Vaccination in Bombay 1889-1901 - 1889-1901
Year: 1889
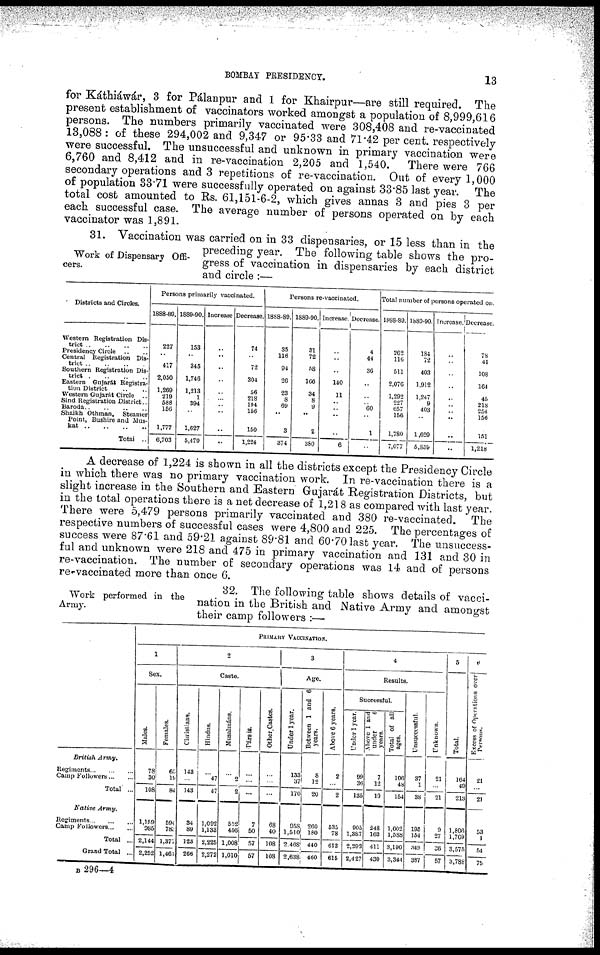
BOMBAY PRESIDENCY.
13
for Káthiáwár, 3 for Pálanpur and 1 for Khairpur—are still required. The
present establishment of vaccinators worked amongst a population of 8,999,616
persons. The numbers primarily vaccinated were 308,408 and re-vaccinated
13,088: of these 294,002 and 9,347 or 95.33 and 71.42 per cent. respectively
were successful. The unsuccessful and unknown in primary vaccination were
6,760 and 8,412 and in re-vaccination 2,205 and 1,540. There were 766
secondary operations and 3 repetitions of re-vaccination. Out of every 1,000
of population 33.71 were successfully operated on against 33.85 last year. The
total cost amounted to Rs. 61,151-6-2, which gives annas 3 and pies 3 per
each successful case. The average number of persons operated on by each
vaccinator was 1,891.
Work of Dispensary Offi-
cers.
31. Vaccination was carried on in 33 dispensaries, or 15 less than in the
preceding year. The following table shows the pro-
gress of vaccination in dispensaries by each district
and circle :—
Districts and Circles.
Western Registration Dis-
trict
..
..
..
..
Presidency Circle .. ..
Central Registration Dis-
trict
..
..
..
..
Southern Registration Dis-
trict
..
..
..
..
Eastern Gujarát Registra-
tion District .. ..
Western Gujarát Circle ..
Sind Registration District..
Baroda
..
..
..
..
Shaikh Othman,
Steamer
Point, Bushire and Mus-
kat .. .. .. ..
Total ..
Persons primarily vaccinated.
1888-89.
227
..
417
2,050
1,269
219
588
156
1,777
6,703
1889-90
153
..
345
1,746
1,213
1
394
..
1,627
5,479
Increase.
..
..
..
..
..
..
..
..
..
..
Decrease.
74
..
72
304
56
218
194
156
150
1,224
Persons re-vaccinated.
1888-89
35
116
94
26
23
8
69
..
3
374
1889-90.
31
72
58
166
34
8
9
..
2
380
Increase.
..
..
..
140
11
..
..
..
..
6
Decrease.
4
44
36
..
..
.. 60
..
1
..
Total number of persons operated on.
1888-89.
262
116
511
2,076
1,292
227
657
156
1,780
7,077
1889-90.
184
72
403
1,912
1,247
9
403
..
1,629
5,859
Increase.
..
..
..
..
..
..
.. ..
..
..
Decrease.
78
44
108
164
45
218
254
156
151
1,218
A decrease of 1,224 is shown in all the districts except the Presidency Circle
in which there was no primary vaccination work. In re-vaccination there is a
slight increase in the Southern and Eastern Gujarát Registration Districts, but
in the total operations there is a net decrease of 1,218 as compared with last year.
There were 5,479 persons primarily vaccinated and 380 re-vaccinated. The
respective numbers of successful cases were 4,800 and 225. The percentages of
success were 87.61 and 59.21 against 89.81 and 60.70 last year. The unsuccess-
ful and unknown were 218 and 475 in primary vaccination and 131 and 30 in
re-vaccination. The number of secondary operations was 14 and of persons
re-vaccinated more than once 6.
Work performed in the
Army.
32. The following table shows details of vacci-
nation in the British and Native Army and amongst
their camp followers :—
British
Army.
Regiments
...
...
...
Camp Followers ... ...
Total ...
Native
Army.
Regiments...
...
...
Camp
Followers... ...
Total ...
Grand Total ...
PRIMARY VACCINATION.
1
Sex.
Males.
78
30
108
1,159
986
2,144
2,252
Females.
65
19
84
594
783
1,377
1,461
2
Caste.
Christians.
143
...
143
34
89
123
266
Hindus.
...
47
47
1,092
1,133
2,225
2,272
Musalmáns.
...
2
2
552
456
1,008
1,010
Pársis.
...
...
...
7
50
57
57
Other Castes.
...
...
...
68
40
108
108
3
Age.
Under 1 year.
133
37
170
958
1,510
2,468
2,638
Between 1 and 6
years.
8
12
20
260
180
440
460
Above 6 years.
2
...
2
535
78
613
615
4
Results.
Successful.
Under 1 year.
99
36
135
905
1,387
2,292
2,427
Above 1 and
under
6
years.
7
12
19
248
163
411
430
Total of all
ages.
106
48
154
1,602
1,588
3,190
3,344
Unsuccessful.
37
1
38
195
154
349
387
Unknown.
21
...
21
9
27
36
57
5
Total.
164
49
213
1,806
1,769
3,575
3,788
6
Excess of Operations over
Persons.
21
...
21
53
1
54
75
B 296—4